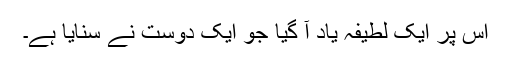
اس پر ایک لطیفہ یاد آ گیا جو ایک دوست نے سنایا ہے۔